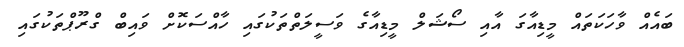
ބައެއް ވާހަކަތައް މީޑިއާގަ އާއި ސޯޝަލް މީޑިއާގެ ވަސީލަތްތަކުގައި ހާއްސަކޮށް ވައިބް ގްރޫޕްތަކުގައި